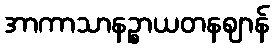
အာကာသာနဉ္စာယတနဈာန်